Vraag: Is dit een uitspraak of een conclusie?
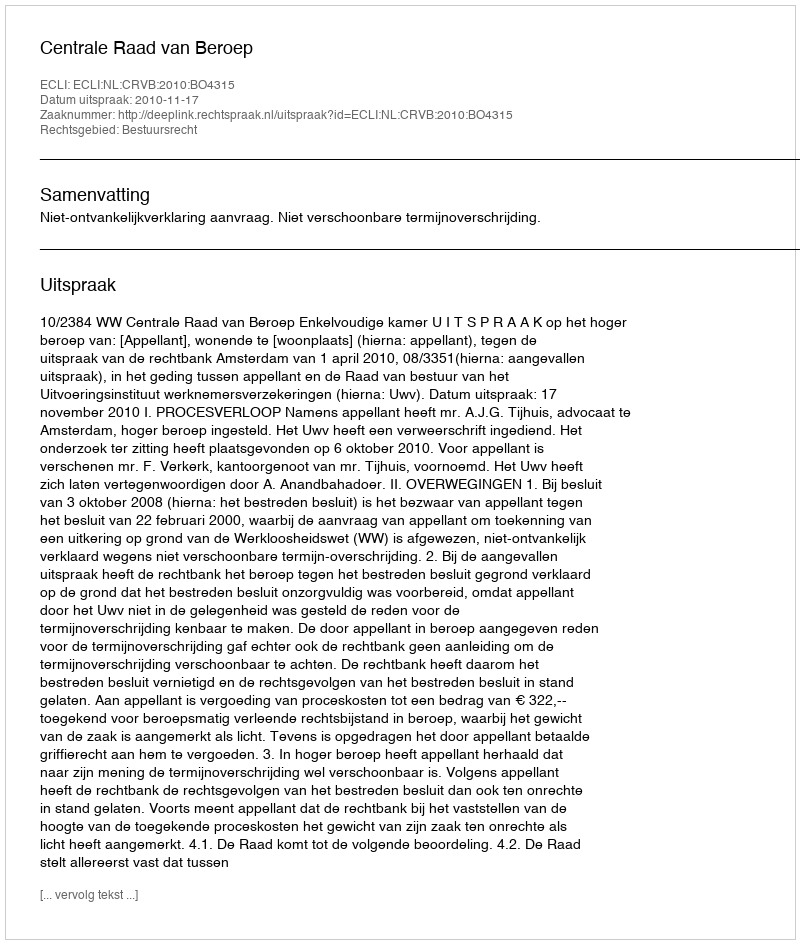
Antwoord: Uitspraak